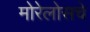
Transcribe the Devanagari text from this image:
मोरेलोसचे